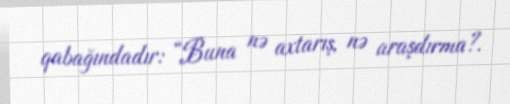
qabağındadır: “Buna nə axtarış, nə araşdırma?.